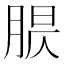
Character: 𦝈